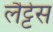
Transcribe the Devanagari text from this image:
लैट्टेस